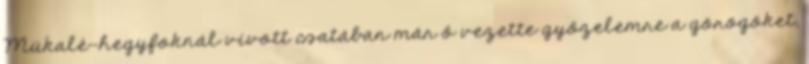
Mükalé-hegyfoknál vívott csatában már ő vezette győzelemre a görögöket,